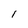
Character: 1